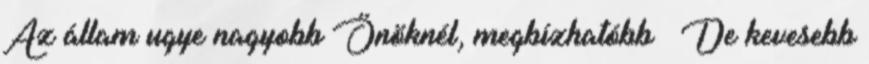
Az állam ugye nagyobb Önöknél, megbízhatóbb – De kevesebb